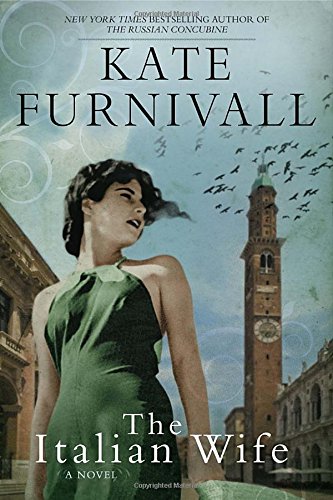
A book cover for The Italian Wife; Kate Furnivall; Romance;